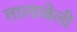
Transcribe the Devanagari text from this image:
तालाबेली